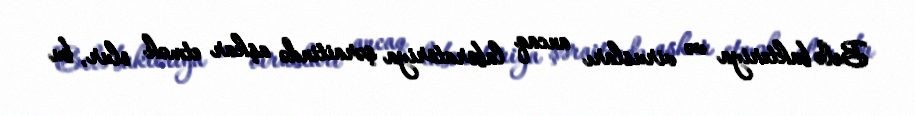
Belə bakteriya və virusları ancaq laboratoriya şəraitində aşkar etmək olur, bu